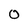
Character: O